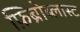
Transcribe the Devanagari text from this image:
फ़िब्रोब्लास्ट